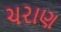
ચરાણ